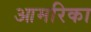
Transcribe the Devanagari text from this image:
आमरिका